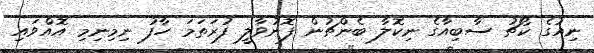
ނިއުގެ ކޯޗު ސާބިއާގެ ނިކޮލާ ބެންޗުން ފޮނުވާލީ ފުރަތަމަ ހާފު ނިމިނިމި އޮއްވައި